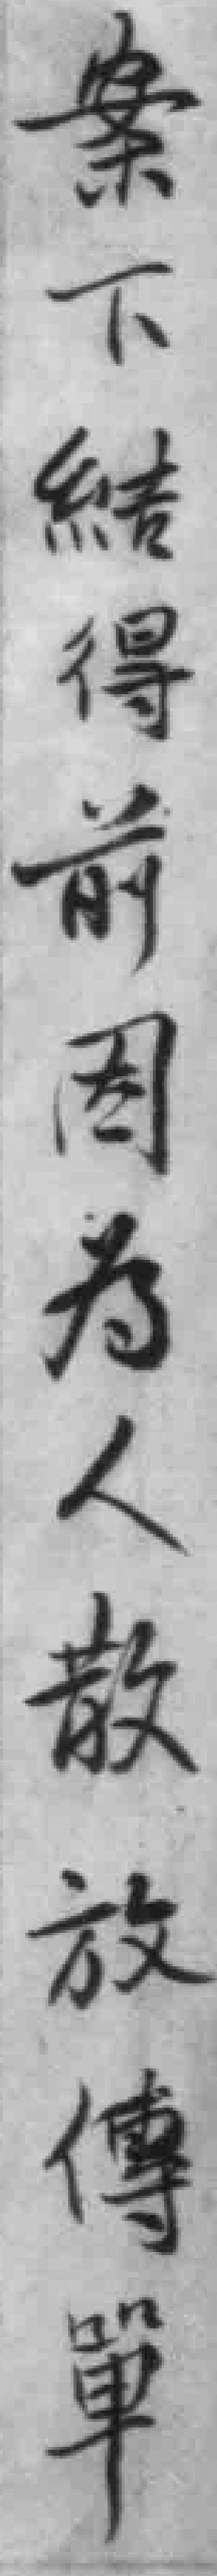
案下結得前周为人散放傳單